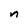
Character: n